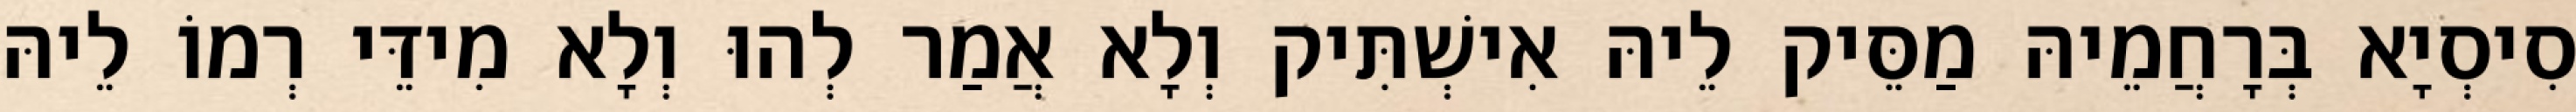
סִיסְיָא בְּרָחֲמֵיהּ מַסֵּיק לֵיהּ אִישְׁתִּיק וְלָא אֲמַר לְהוּ וְלָא מִידֵּי רְמוֹ לֵיהּ